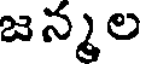
జన్మల